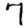
Digit: 7